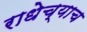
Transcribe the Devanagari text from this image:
राधेच्याच